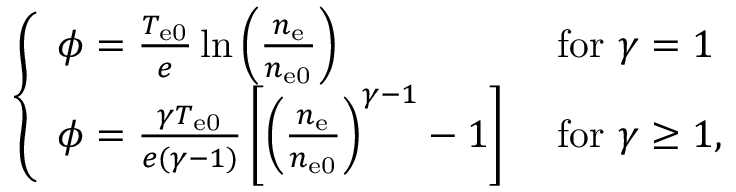
\begin{array} { r } { \left\{ \begin{array} { l l } { \phi = \frac { T _ { \mathrm { e 0 } } } { e } \ln \left( \frac { n _ { \mathrm { e } } } { n _ { \mathrm { e 0 } } } \right) } & { \, \, \mathrm { f o r } \, \, \gamma = 1 } \\ { \phi = \frac { \gamma T _ { \mathrm { e 0 } } } { e ( \gamma - 1 ) } \left[ \left( \frac { n _ { \mathrm { e } } } { n _ { \mathrm { e 0 } } } \right) ^ { \gamma - 1 } - 1 \right] } & { \, \, \mathrm { f o r } \, \, \gamma \ge 1 , } \end{array} \right. } \end{array}